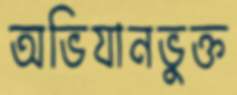
অভিযানভুক্ত